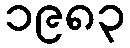
၁၉၈၃